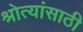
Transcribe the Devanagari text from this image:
श्रोत्यांसाठी